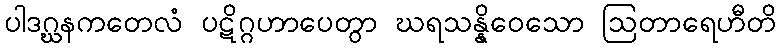
ပါဒဂ္ဃနကတေလံ ပဋိဂ္ဂဟာပေတွာ ဃရသန္နိဝေသော ဩတာရေဟီတိ